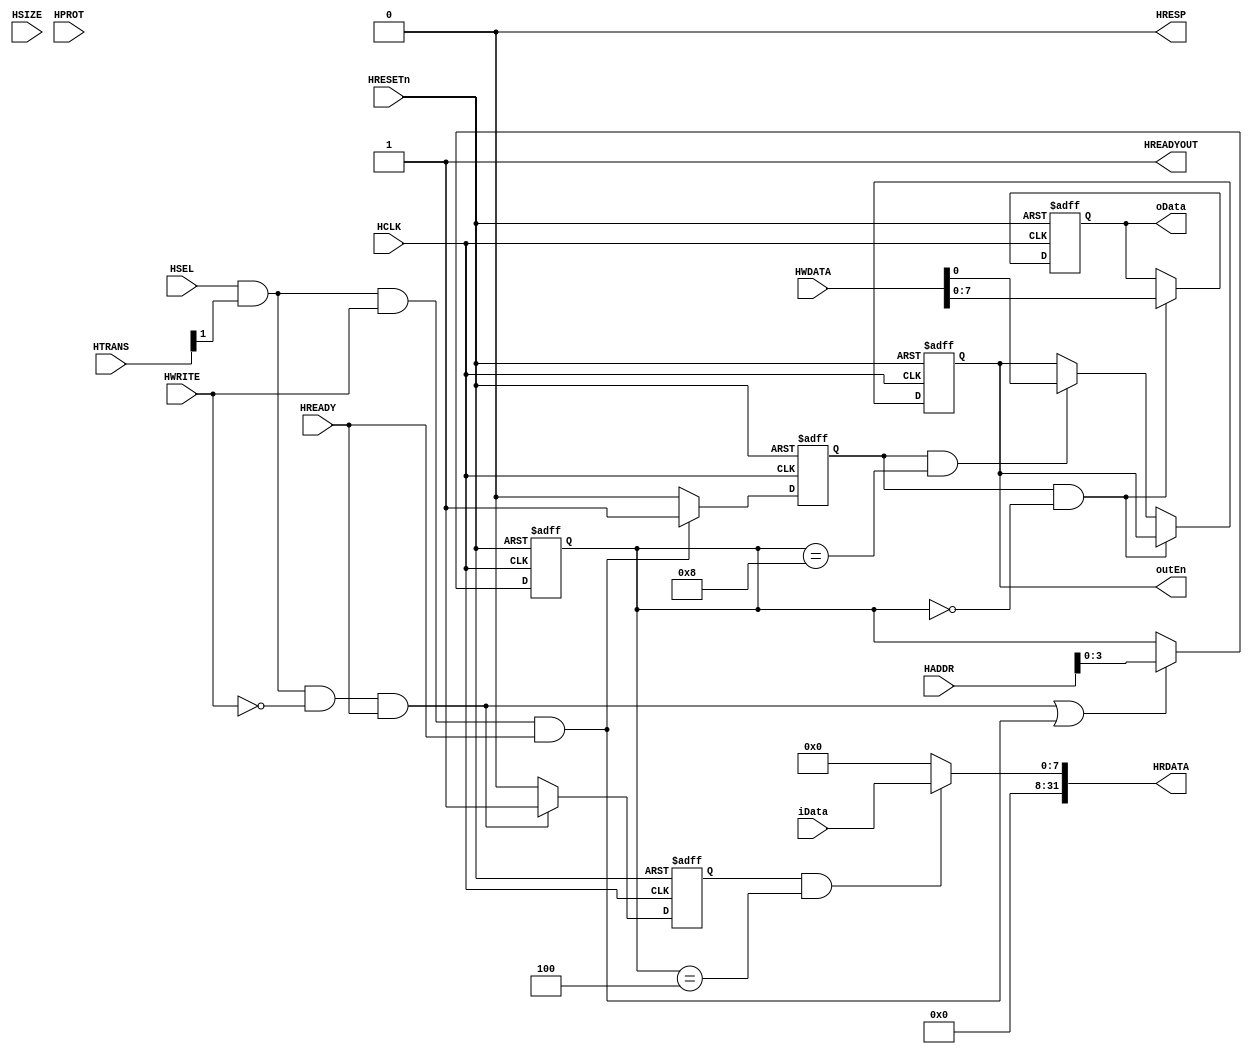
module AHBlite_GPIO(
    input  wire          HCLK,    
    input  wire          HRESETn, 
    input  wire          HSEL,    
    input  wire   [31:0] HADDR,   
    input  wire    [1:0] HTRANS,  
    input  wire    [2:0] HSIZE,   
    input  wire    [3:0] HPROT,   
    input  wire          HWRITE,  
    input  wire   [31:0] HWDATA,  
    input  wire          HREADY,  
    output wire          HREADYOUT, 
    output wire   [31:0] HRDATA,  
    output wire          HRESP,
    output wire         outEn,
    output wire   [7:0] oData,
    input  wire   [7:0] iData  
);

assign HRESP = 1'b0;
assign HREADYOUT = 1'b1;

wire write_en;
assign write_en = HSEL & HTRANS[1] & HWRITE & HREADY;

wire read_en;
assign read_en=HSEL&HTRANS[1]&(~HWRITE)&HREADY;

reg [3:0] addr_reg;
always@(posedge HCLK or negedge HRESETn) begin
  if(~HRESETn) addr_reg <= 4'h0;
  else if(read_en || write_en) addr_reg <= HADDR[3:0];
end

reg rd_en_reg;
always@(posedge HCLK or negedge HRESETn) begin
  if(~HRESETn) rd_en_reg <= 1'b0;
  else if(read_en) rd_en_reg <= 1'b1;
  else rd_en_reg <= 1'b0;
end

reg wr_en_reg;
always@(posedge HCLK or negedge HRESETn) begin
  if(~HRESETn) wr_en_reg <= 1'b0;
  else if(write_en) wr_en_reg <= 1'b1;
  else  wr_en_reg <= 1'b0;
end


// always@(*) begin
//   if(rd_en_reg) begin
//     if(addr_reg == 4'h4) HRDATA <= {24'b0,iData};
//     else HRDATA <= 32'd0;
//     end 
//     else HRDATA <= 32'd0;
// end]

assign HRDATA = (rd_en_reg  & (addr_reg == 4'h4)) ? {24'd0,iData} : 32'd0;

reg [7:0] oData_reg;
reg outEn_reg;
always@(posedge HCLK or negedge HRESETn) begin
    if(~HRESETn) begin
        oData_reg <= 8'd0;
        outEn_reg <= 1'd0;
    end
    else if(wr_en_reg & addr_reg == 4'h0)  oData_reg <= HWDATA[7:0];
    else if(wr_en_reg & addr_reg == 4'h8)  outEn_reg <= HWDATA[0];
  end
    

assign oData = oData_reg;
assign outEn = outEn_reg;

endmodule